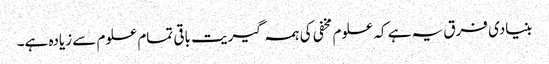
بنیادی فرق یہ ہے کہ علوم مخفی کی ہمہ گیریت باقی تمام علوم سے زیادہ ہے۔